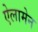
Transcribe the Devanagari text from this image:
ऐलामेन